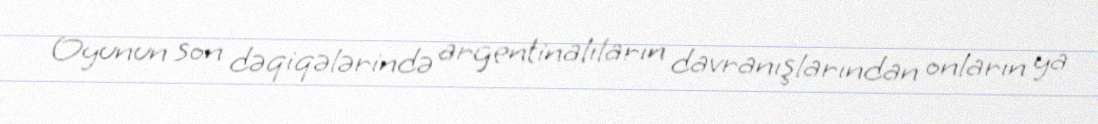
Oyunun son dəqiqələrində argentinalıların davranışlarından onların ya